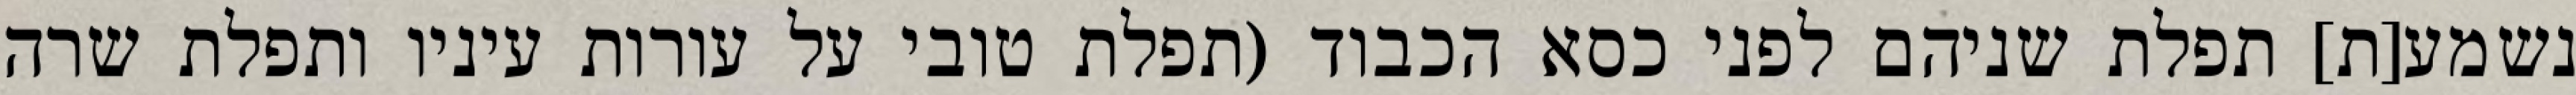
נשמע[ת] תפלת שניהם לפני כסא הכבוד (תפלת טובי על עורות עיניו ותפלת שרה